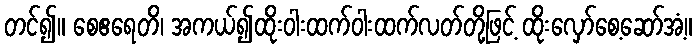
တင်၍။ စေဧရေတိ၊ အကယ်၍ထိုးဝါးထက်ဝါးထက်လတ်တို့ဖြင့် ထိုးလှော်စေ့ဆော်အံ့။